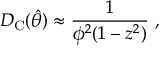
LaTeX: D _ { \mathrm { C } } ( \hat { \theta } ) \approx \frac { 1 } { \phi ^ { 2 } ( 1 - z ^ { 2 } ) } \ ,